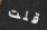
قلت